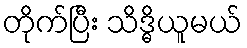
တိုက်ပြီး သိဒ္ဓိယူမယ်